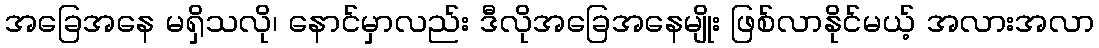
အခြေအနေ မရှိသလို၊ နောင်မှာလည်း ဒီလိုအခြေအနေမျိုး ဖြစ်လာနိုင်မယ့် အလားအလာ